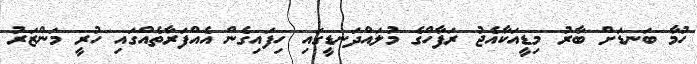
ހުމާ ބަނޑަށް ބާރު މިޑީއަކާއެޖު ރަފާހްގެ މުލައްދަނޑީގައި ހިފައިގެން އެއްފަރާތެއްގައި ހުރީ މަންޒަރު